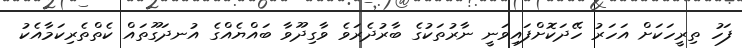
ފަހު ތިރީހަކަށް އަހަރު ހޭދަކޮށްފައިވަނީ ނާރުތަކުގެ ބާރުދެރަވެ ވާގިދޫވާ ބައްޔެއްގެ އުނދަގޫތައް ކެތްތެރިކަމާއެކު